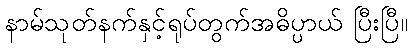
နာမ်သုတ်နက်နှင့်ရုပ်တွက်အဓိပ္ပာယ် ပြီးပြီ။